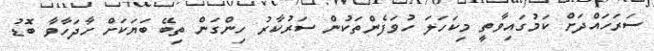
ސަރަހައްދަށް ކަމުގައިވާތީ މިކަހަލަ ހުވަފެންތަކުން ސަރުކާރު ހިންގަން ތިބޭ ބަޔަކަށް ހާދަހާވާ ބޮޑު